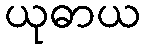
ယုဓာယ